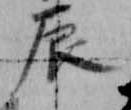
辰